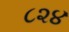
૮૨૪